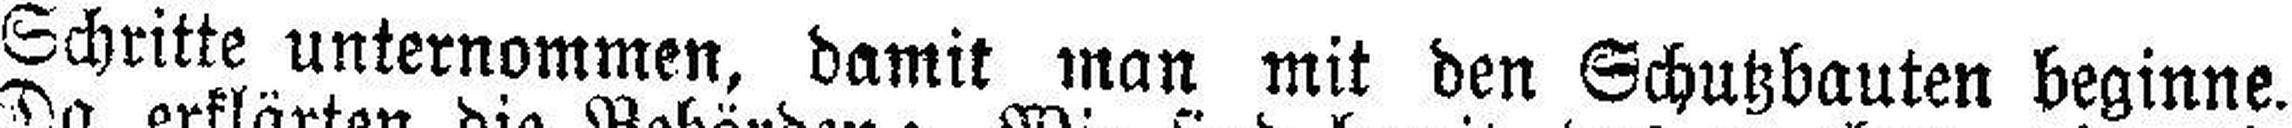
Schritte unternommen, damit man mit den Schutzbauten beginne.